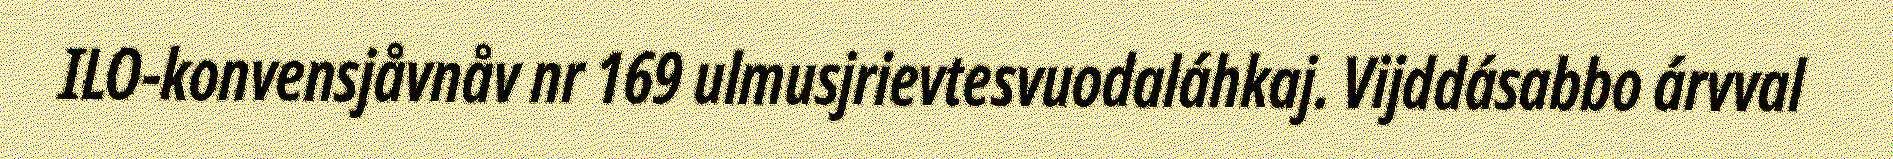
ILO-konvensjåvnåv nr 169 ulmusjrievtesvuodaláhkaj. Vijddásabbo árvval